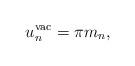
LaTeX: \begin{align*} u_n^{\mathrm{vac}}=\pi m_n,\end{align*}